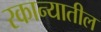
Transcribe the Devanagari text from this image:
रकान्यातील